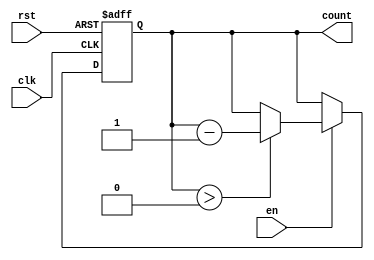
module down_counter_moore #(
    parameter N = 3  // Number of bits for the counter
)(
    input wire clk,      // Clock signal
    input wire rst,      // Asynchronous reset signal
    input wire en,       // Enable signal
    output reg [N-1:0] count // Current count value output
);

// Maximum value for the counter
localparam MAX_COUNT = (1 << N) - 1; // 2^N - 1

// Sequential logic for down counting
always @(posedge clk or posedge rst) begin
    if (rst) begin
        count <= MAX_COUNT; // Reset to maximum value
    end else if (en) begin
        if (count > 0) begin
            count <= count - 1; // Decrement the counter
        end
    end
end

endmodule